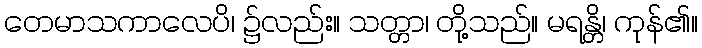
တေမာသကာလေပိ၊ ၌လည်း။ သတ္တာ၊ တို့သည်။ မရန္တိ၊ ကုန်၏။